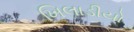
ખિલાડીયો